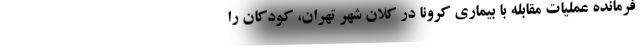
فرمانده عملیات مقابله با بیماری کرونا در کلان شهر تهران، کودکان را